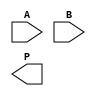
module scalable_wallace_tree_multiplier #(parameter N = 8) (
    input  wire [N-1:0] A, // First operand
    input  wire [N-1:0] B, // Second operand
    output wire [2*N-1:0] P // Product output
);

    // Partial product generation
    wire [N-1:0] pp [0:N-1]; // Partial products
    genvar i;
    generate
        for (i = 0; i < N; i = i + 1) begin : partial_product_gen
            assign pp[i] = A & {N{B[i]}}; // ANDing A with each bit of B
        end
    endgenerate

    // Wallace Tree Reduction
    wire [N-1:0] sum [0:N-1]; // Sums from CSAs
    wire [N-1:0] carry [0:N-1]; // Carries from CSAs
    wire [N-1:0] final_sum, final_carry;

    // Carry-Save Adder (CSA) implementation
    generate
        for (i = 0; i < N-1; i = i + 1) begin : wallace_tree
            if (i < N/2) begin
                // First level of CSA
                assign {carry[i], sum[i]} = pp[i] + pp[i+1] + pp[i+2];
            end else begin
                // Further levels of CSA
                assign {carry[i], sum[i]} = sum[i-N/2] + carry[i-N/2] + pp[i+2];
            end
        end
    endgenerate

    // Final Carry-Propagate Adder (CPA)
    assign {final_carry, final_sum} = sum[N-2] + carry[N-2];

    // Final product output
    assign P = {final_carry, final_sum};

endmodule